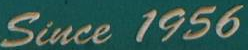
Since 1956